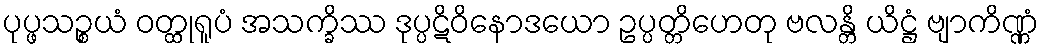
ပုပ္ဖသဉ္စယံ ဝတ္ထုရူပံ အသက္ခိဿ ဒုပ္ပဋိဝိနောဒယော ဥပ္ပတ္တိဟေတု ဗလန္တိ ယိဋ္ဌံ ဗျာကိဏ္ဏံ